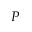
P